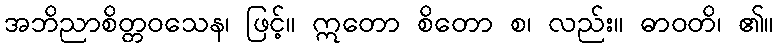
အဘိညာစိတ္တဝသေန၊ ဖြင့်။ ဣတော စိတော စ၊ လည်း။ ဓာဝတိ၊ ၏။